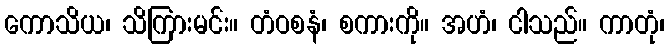
ကောသိယ၊ သိကြားမင်း။ တံဝစနံ၊ စကားကို။ အဟံ၊ ငါသည်။ ကာတုံ၊